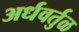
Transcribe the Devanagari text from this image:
अर्धवर्तुळ